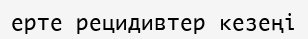
ерте рецидивтер кезеңі